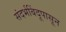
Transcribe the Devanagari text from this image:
संदर्भबिंदूपासून